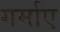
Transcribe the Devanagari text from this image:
गर्माए